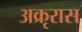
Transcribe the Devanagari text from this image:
अक्रृरास